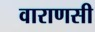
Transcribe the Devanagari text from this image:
वाराणसी